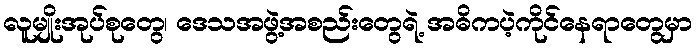
လူမျိုးအုပ်စုတွေ၊ ဒေသအဖွဲ့အစည်းတွေရဲ့ အဓိကပဲ့ကိုင်နေရာတွေမှာ